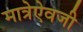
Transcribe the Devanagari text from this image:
मात्रेऐवजी